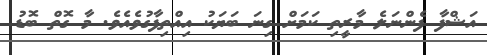
އަޝްފާ ފެންނަލެ މާރީތި ކަމަށް ގިނަ ބަޔަކު އިއްތިފާގުވެއެވެ. މާ ގޮތް ބޮޑު